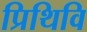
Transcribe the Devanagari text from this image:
प्रिथिवि